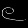
Digit: ၉